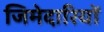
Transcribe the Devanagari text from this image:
जिमेदारियों